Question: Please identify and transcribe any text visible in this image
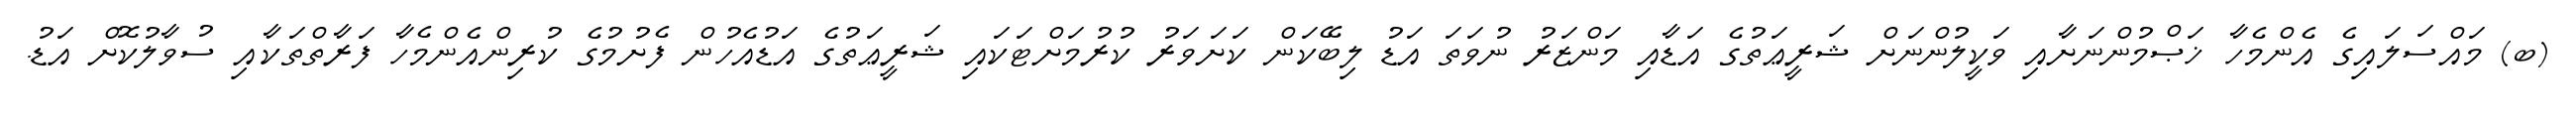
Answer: (ބ) މައްސަލައިގެ އެންމެހާ ޚަޞްމުންނަށާއި ވަކީލުންނަށް ޝަރީޢަތުގެ އަޑާއި މަންޒަރު ނުވަތަ އަޑު ލިބޭކަން ކަށަވަރު ކުރުމަށްޓަކައި ޝަރީޢަތުގެ އަޑުއެހުން ފެށުމުގެ ކުރިންއެންމެހާ ފަރާތްތަކާއި ސުވާލުކޮށް އަޑު.